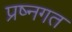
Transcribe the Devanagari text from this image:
प्रष्नगत